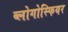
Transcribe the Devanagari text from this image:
ब्लोगोस्फियर